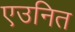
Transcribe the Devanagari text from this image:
एउनित